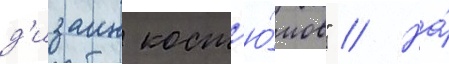
д'изаин кост'ю́мов" // На́